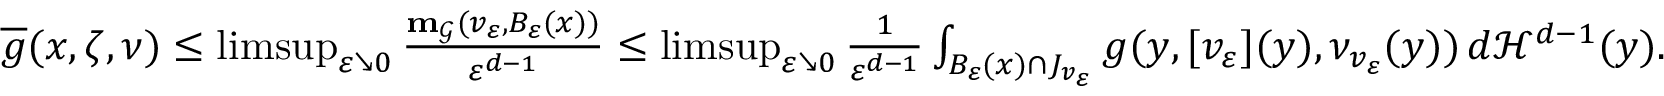
\begin{array} { r } { \overline { { g } } ( x , \zeta , \nu ) \leq \operatorname* { l i m s u p } _ { \varepsilon \searrow 0 } \frac { \mathbf { m } _ { \mathcal { G } } ( v _ { \varepsilon } , B _ { \varepsilon } ( x ) ) } { \varepsilon ^ { d - 1 } } \leq \operatorname* { l i m s u p } _ { \varepsilon \searrow 0 } \frac { 1 } { \varepsilon ^ { d - 1 } } \int _ { B _ { \varepsilon } ( x ) \cap J _ { v _ { \varepsilon } } } g ( y , [ v _ { \varepsilon } ] ( y ) , \nu _ { v _ { \varepsilon } } ( y ) ) \, d \mathcal { H } ^ { d - 1 } ( y ) . } \end{array}